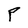
Character: P